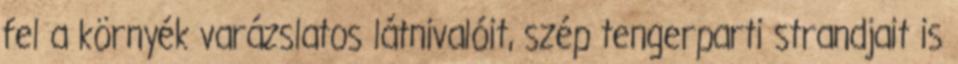
fel a környék varázslatos látnivalóit, szép tengerparti strandjait is